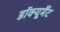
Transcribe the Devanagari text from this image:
डॉक्यूमैंट